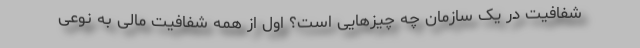
شفافیت در یک سازمان چه چیزهایی است؟ اول از همه شفافیت مالی به نوعی